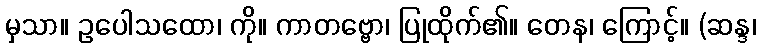
မှသာ။ ဥပေါသထော၊ ကို။ ကာတဗ္ဗော၊ ပြုထိုက်၏။ တေန၊ ကြောင့်။ (ဆန္ဒ၊